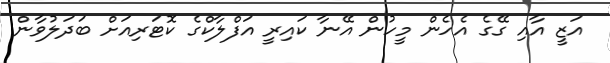
އަޒީ އާއި ގޭގެ އެހެން މީހުން އޭނާ ކައިރީ އަފްލާކްގެ ކޮޓަރިއަށް ބަދަލުވާން